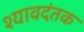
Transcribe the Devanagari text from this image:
श्यावदंतक